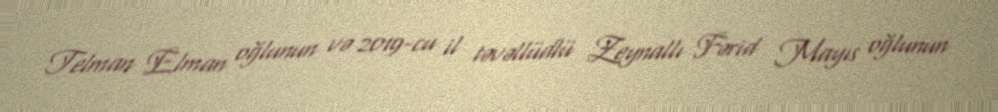
Telman Elman oğlunun və 2019-cu il təvəllüdlü Zeynallı Fərid Mayıs oğlunun